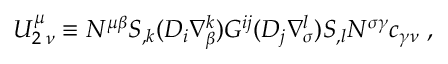
U _ { 2 \; \nu } ^ { \mu } \equiv N ^ { \mu \beta } S _ { , k } ( { \cal D } _ { i } \nabla _ { \beta } ^ { k } ) { \cal G } ^ { i j } ( { \cal D } _ { j } \nabla _ { \sigma } ^ { l } ) S _ { , l } N ^ { \sigma \gamma } c _ { \gamma \nu } \; ,